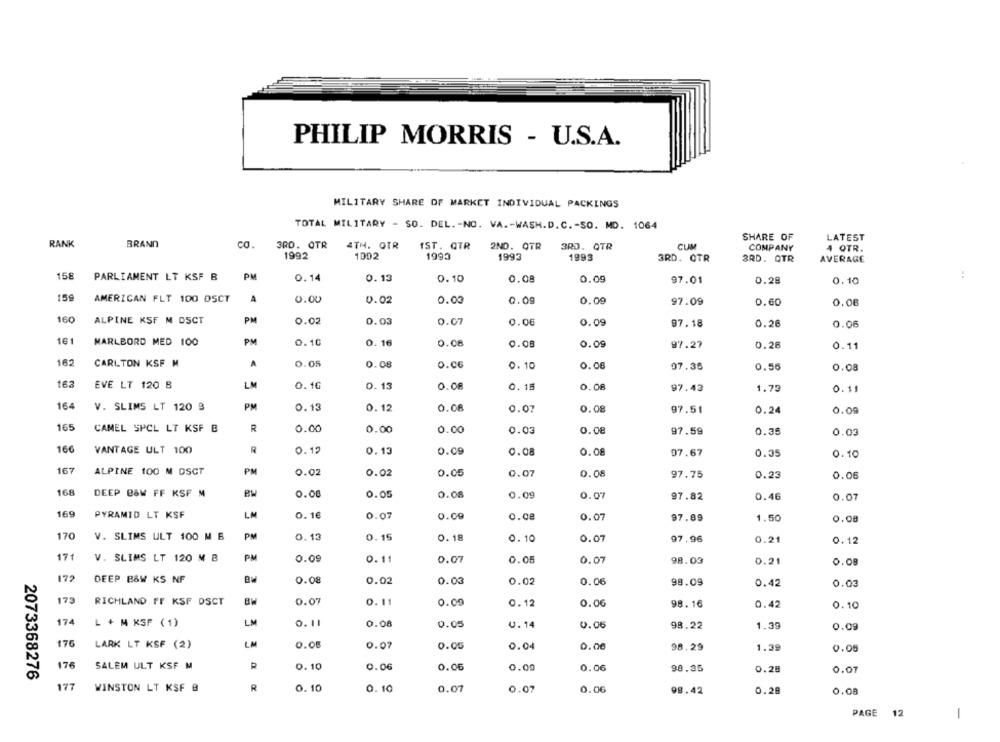
PHILIP MORRIS - U.S.A.
MILITARY SHARE OF MARKET INDIVIDUAL PACKINGS
TOTAL MILITARY - SO. DEL .- NO. VA .- WASH.D.C .- SO. MD. 1064
SHARE OF
LATEST
RANK
BRAND
co.
3RD. OTR
4TH. GTR
IST. QTR
CUM
2ND. OTR
3RD. OTR
COMPANY
4 QTR.
1992
1002
1993
1993
1993
3RD. OTR
3RD. QTR
AVERAGE
:
158
PARLIAMENT LT KSF B
PM
0.14
0.13
0.10
0.08
0.09
97.01
0.28
0.10
159
AMERICAN FLT 100 DSCT
A
0.00
0.02
0.03
0.09
0.09
97.09
0.60
0.06
160
ALPINE KSF M DSCT
PM
0.02
0.03
0.07
0.06
0.09
97.18
0.26
0.06
161
MARLBORD MED 100
PM
0.10
0.16
0.08
0.08
0.09
97.27
0.28
0.11
162
CARLTON KSF M
A
0.05
0.08
0.06
0.10
0.08
07.35
0.56
0.08
163
EVE LT 120 B
LM
0.16
0. 13
0.08
0.15
0.08
97.43
1.73
0.11
164
V. SLIMS LT 120 3
PM
0.13
0.12
0.08
0.07
0.08
97.51
0.24
0.09
165
CAMEL SPCL LT KSF B
R
0.00
0.00
0.00
0.03
0.08
97.59
0.35
0.03
166
VANTAGE ULT 100
R
0.12
0.15
0.09
0.08
0.08
07.67
0.35
0.10
167
ALPINE 100 M DSCT
PM
0.02
0.02
0.05
0.07
0.08
97.75
0.23
0.06
168
DEEP B&W FF KSF M
0.00
0.05
0.08
0.09
0.07
97.82
0.46
0.07
169
PYRAMID LT KSF
LM
0.16
0.07
0.09
o.ce
0.07
97.89
1.50
0.08
170
V. SLIMS ULT 100 M B
PM
0.13
0.15
0.18
0.10
0.07
97.96
0.21
0.12
171
PM
V. SLIMS LT 120 M B
0.09
0.11
0.07
0.05
0.07
98.03
0.21
0.08
172
DEEP B&W KS NF
0.08
0.02
0.03
0.02
0.06
98.09
0.42
0.03
173
RICHLAND FF KSF DSCT
0.07
0.11
0.09
0.12
0.06
98.16
0.42
0.10
174
L + M KSF ( 1)
LM
0. 11
0.00
0.05
0.14
0.06
98.22
1.39
0.09
176
LARK LT KSF (2)
LM
0.0
0.07
0.05
0.04
0.00
98.29
1.39
0.05
176
SALEM ULT KSF M
R
0.10
0.06
0.06
0.00
0.06
98.35
2073368276
0.28
0.01
177
WINSTON LT KSF B
R
0.10
0.10
0.07
0.07
0.06
98.42
0.28
0.08
PAGE
12
1